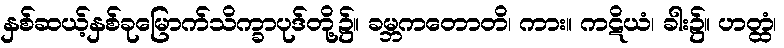
နှစ်ဆယ့်နှစ်ခုမြောက်သိက္ခာပုဒ်တို့၌။ ခမ္ဘကတောတိ၊ ကား။ ကဋိယံ၊ ခါး၌။ ဟတ္ထံ၊